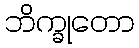
ဘိက္ခုတော